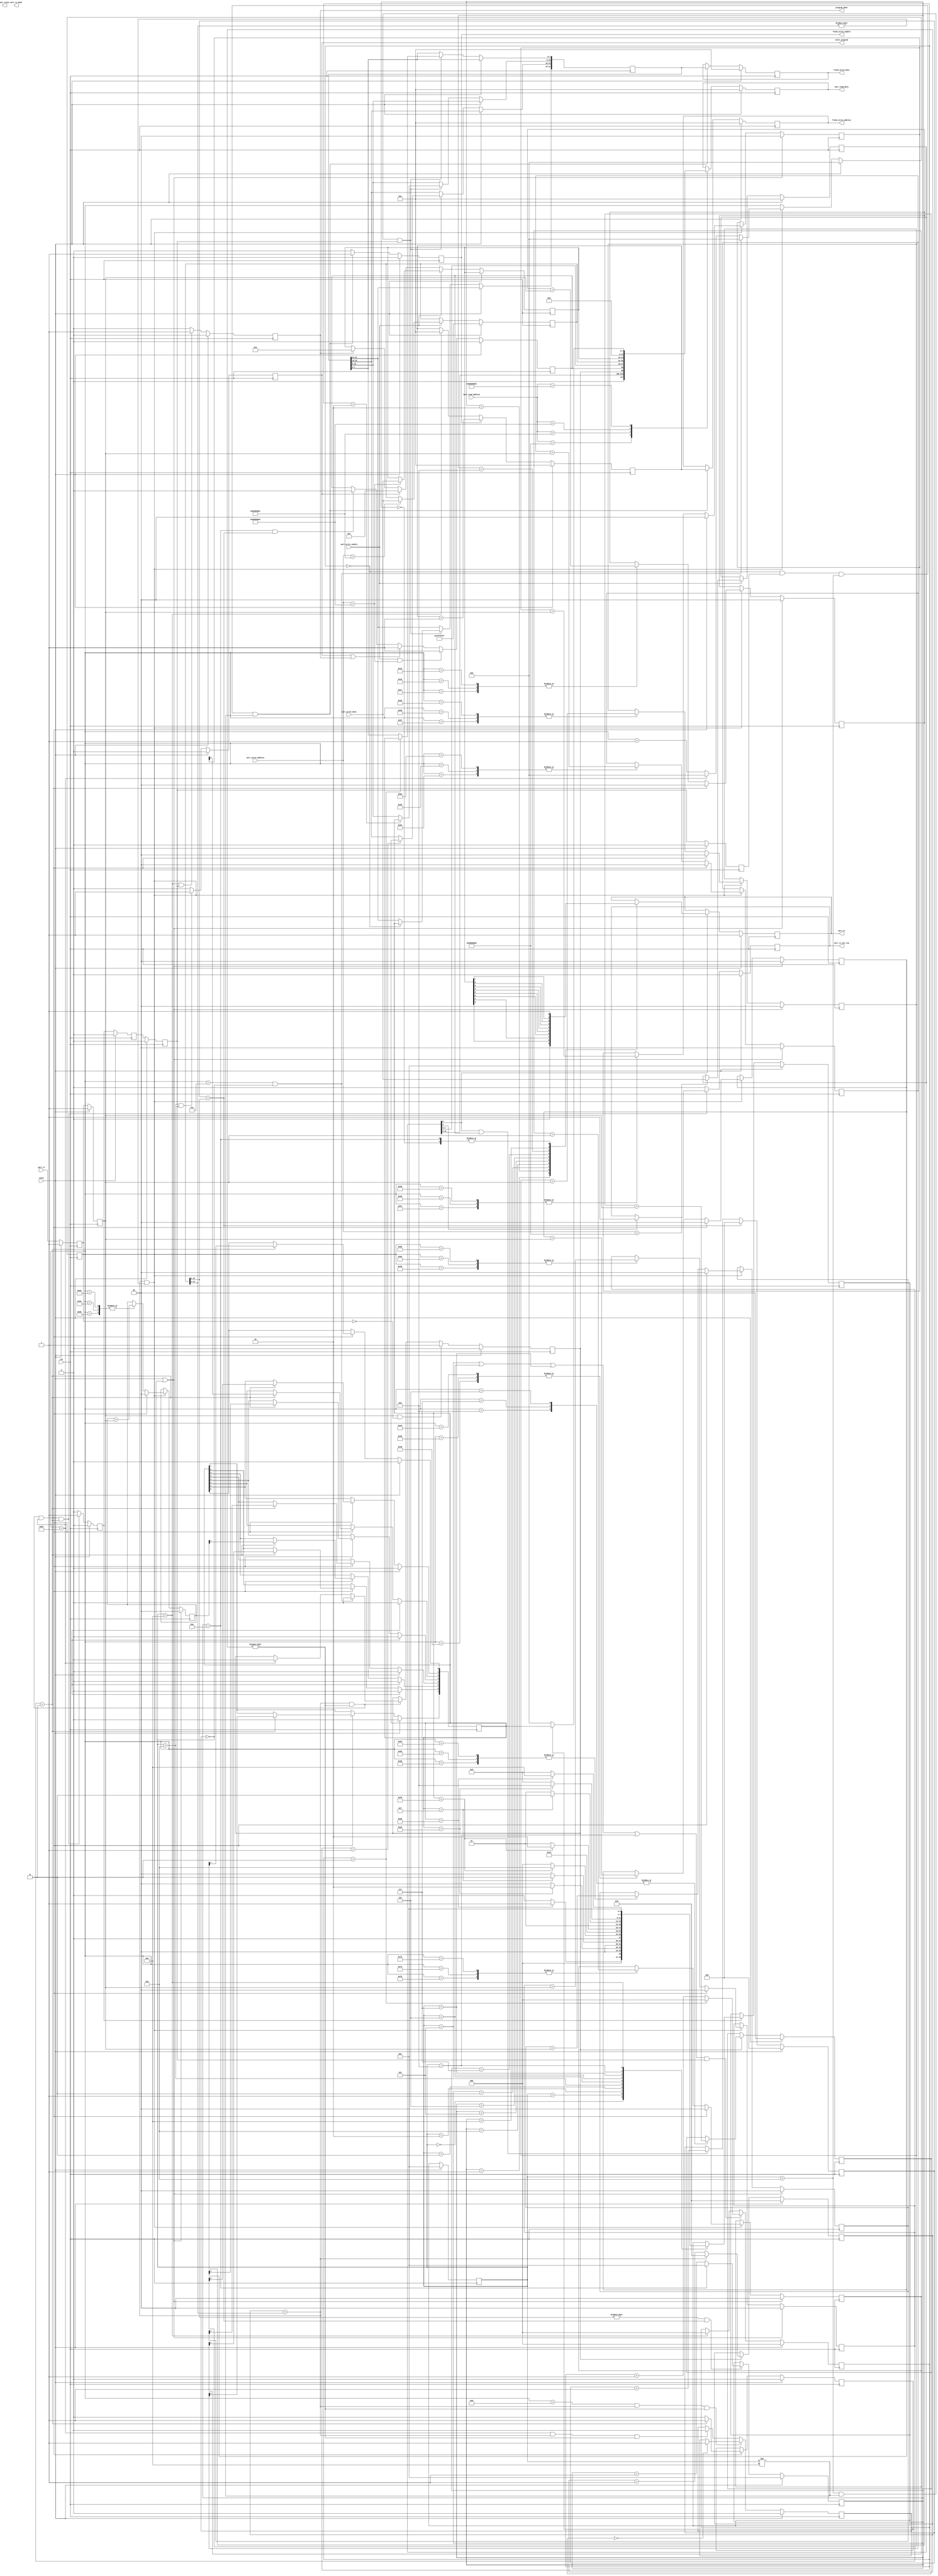
module uart (
    input clk,
    input reset,
    input [31:0] uart_write_address,
    input [31:0] uart_write_data,
    input uart_write_enable,
    input [31:0] uart_read_address,
    output reg [31:0] uart_read_data,
    output reg uart_tx_done,//keep 1 clock when tx done
    output reg uart_state,//0 idle 1 busy
    output reg uart_tx,
    (* mark_debug = "true" *)input uart_rx,
    output reg uart_rx_int_req,
    (* mark_debug = "true" *)output reg start_program,
    (* mark_debug = "true" *)output reg [31:0] flash_write_address,
    (* mark_debug = "true" *)output reg [31:0] flash_write_data,
    (* mark_debug = "true" *)output reg flash_write_enable,
    (* mark_debug = "true" *)output reg program_done
);
    localparam uart_csr_reg_address=32'hb000_0000,uart_buadrate_address=32'hb000_0001,uart_tx_data_address=32'hb000_0002,uart_rx_data_address=32'hb000_0003;
    localparam buadrate_9600=3'b000,buadrate_19200=3'b001,buadrate_38400=3'b010,buadrate_57600=3'b011,buadrate_115200=3'b100;
    localparam tx_buadrate_9600_count=16'd5207,tx_buadrate_19200_count=16'd2603,tx_buadrate_38400_count=16'd1301,tx_buadrate_57600_count=16'd867,tx_buadrate_115200_count=16'd433;//50M
    localparam rx_buadrate_9600_count=16'd5207,rx_buadrate_19200_count=16'd2603,rx_buadrate_38400_count=16'd1301,rx_buadrate_57600_count=16'd867,rx_buadrate_115200_count=16'd433;//50M
    localparam rx_buadrate_9600_d16_count=16'd324,rx_buadrate_19200_d16_count=16'd162,rx_buadrate_38400_d16_count=16'd80,rx_buadrate_57600_d16_count=16'd53,rx_buadrate_115200_d16_count=16'd28;//50M
    reg [31:0] uart_csr_reg=32'b0;//[0] tx_enable,[1] rx_enable,[2]tx_ing,[3]rx_ing,[4] rx_interrupt_enable
    reg [31:0] uart_buadrate_reg=32'hffff_ffff;
    reg [31:0] uart_tx_data=32'b0;
    reg [15:0] uart_tx_buadrate_counter=16'b0;
    // reg [15:0] uart_tx_buadrate_count=tx_buadrate_115200_count;
    wire [15:0] uart_tx_buadrate_count=uart_buadrate_reg[15:0];
    reg [15:0] uart_rx_buadrate_counter=16'b0;
    // reg [15:0] uart_rx_buadrate_count=rx_buadrate_115200_count;
    // reg [8:0] uart_rx_buadrate_d16_count=rx_buadrate_115200_d16_count;
    wire [8:0] uart_rx_buadrate_d16_count=uart_buadrate_reg[12:4];//164
    reg [8:0] uart_rx_buadrate_d16_counter=9'b0;
    reg [3:0] uart_tx_phase;
    reg tx_send_frame;
    reg rx_save_frame;
    reg rx_byte_saved;

    
    reg uart_rx_buf1=1'b1,uart_rx_buf2=1'b1,uart_rx_state1=1'b1,uart_rx_state2=1'b1;
    wire rx_negedge=uart_rx_buf2&(!uart_rx_buf1);
    reg [3:0] rx_d16_phase=4'd0,rx_phase=4'd0;
    reg [7:0] rx_sample_cnt=8'b0;
    reg [1:0] rx_sample_startbit=2'b0;
    reg [1:0] rx_sample0=2'b0;
    reg [1:0] rx_sample1=2'b0;
    reg [1:0] rx_sample2=2'b0;
    reg [1:0] rx_sample3=2'b0;
    reg [1:0] rx_sample4=2'b0;
    reg [1:0] rx_sample5=2'b0;
    reg [1:0] rx_sample6=2'b0;
    reg [1:0] rx_sample7=2'b0;
    reg [1:0] rx_sample_stopbit=2'b0;
    (* mark_debug = "true" *)reg [7:0] rx_data=8'b0;
    reg rx_start_bit_valid=1'b0;
    reg rx_data_vaild=1'b0;
    
    reg rx_byte_saved_buf1=1'b0,rx_byte_saved_buf2=1'b0,rx_byte_saved_buf3=1'b0;
    // reg program_done=1'b0,start_program=1'b0;
    localparam wait_5a=4'd0,wait_a5=4'd1,wait_0f=4'd2,wait_f0=4'd3,is_start_frame=4'd4,wait_finish_f0=4'd5,wait_finish_0f=4'd6,wait_finish_a5=4'd7,wait_finish_5a=4'd8,is_end_frame=4'd9;
    reg [3:0] present=wait_5a,next=wait_5a;
    reg [2:0] instruction_byte_count=3'b0;
    reg [31:0] pre_instruction=32'b0;
    reg [31:0] flash_write_address_count=32'b0;
    // reg [31:0] flash_write_address=32'b0,flash_write_data=32'b0;
    // reg flash_write_enable;
    always @(posedge clk ) begin
        if(reset)begin
            uart_csr_reg<=32'b0;
            uart_buadrate_reg<=32'hffff_ffff;
        end
        else if(uart_write_enable)begin
            case(uart_write_address)
                uart_csr_reg_address:begin
                    uart_csr_reg<=uart_write_data;
                end
                uart_buadrate_address:begin
                    uart_buadrate_reg<=uart_write_data;
                end
                uart_tx_data_address:begin
                    uart_tx_data<=uart_write_data;
                end
            endcase
        end
        else if(start_program)begin//program
            uart_tx_data<=32'h1;
        end
        else if(program_done)begin//program
            uart_tx_data<=32'h2;
        end

    end
    always @(posedge clk ) begin
        if(reset)begin
            tx_send_frame<=1'b0;
        end
        else if(uart_write_enable&&(uart_write_address==uart_tx_data_address))begin
            tx_send_frame<=1'b1;
        end
        else if(start_program|program_done)begin//program
            tx_send_frame<=1'b1;
        end
        else if(uart_tx_phase==4'd10&&(uart_tx_buadrate_counter==uart_tx_buadrate_count))begin
            tx_send_frame<=1'b0;
        end
    end
    always @(posedge clk ) begin
        if(reset)begin
            uart_read_data<=32'b0;
        end
        else begin
            case(uart_read_address)
                uart_csr_reg_address:begin
                    uart_read_data<={uart_csr_reg[31:5],rx_save_frame,tx_send_frame,uart_csr_reg[1:0]};
                end
                uart_buadrate_address:begin
                    uart_read_data<=uart_buadrate_reg;
                end
                uart_tx_data_address:begin
                    uart_read_data<=uart_tx_data;
                end
                uart_rx_data_address:begin
                   uart_read_data<=(rx_data_vaild)?{24'b0,rx_data}:32'b0; 
                end
            endcase
        end
    end

    // always @(posedge clk ) begin
    //     if(reset)begin
    //         uart_tx_buadrate_count<=tx_buadrate_115200_count;
    //     end
    //     else begin
    //         case(uart_csr_reg[2:0])
    //             buadrate_9600:begin
    //                 uart_tx_buadrate_count<=tx_buadrate_9600_count;
    //             end
    //             buadrate_19200:begin
    //                 uart_tx_buadrate_count<=tx_buadrate_19200_count;
    //             end
    //             buadrate_38400:begin
    //                 uart_tx_buadrate_count<=tx_buadrate_38400_count;
    //             end
    //             buadrate_57600:begin
    //                 uart_tx_buadrate_count<=tx_buadrate_57600_count;
    //             end
    //             buadrate_115200:begin
    //                 uart_tx_buadrate_count<=tx_buadrate_115200_count;
    //             end
    //             default:begin
    //                 uart_tx_buadrate_count<=tx_buadrate_115200_count;
    //             end
    //         endcase
    //     end
    // end

    always @(posedge clk ) begin
        if(reset)begin
            uart_tx_buadrate_counter<=16'b0;
        end
        else if(uart_tx_buadrate_counter==uart_tx_buadrate_count)begin
                uart_tx_buadrate_counter<=16'b0;
        end
        else if(uart_csr_reg[0]&tx_send_frame)begin
            uart_tx_buadrate_counter<=uart_tx_buadrate_counter+1'b1;
        end
        else begin
            uart_tx_buadrate_counter<=uart_tx_buadrate_counter;
        end
    end
    
    always @(posedge clk ) begin
        if(reset)begin
            uart_tx_phase<=4'b0;
        end
        // else if(uart_write_enable&&(uart_write_address==uart_tx_data_address))begin//
        //     uart_tx_phase<=4'b0;
        // end
        else if((uart_tx_buadrate_count!=16'b0)&(uart_tx_buadrate_counter==uart_tx_buadrate_count))begin
            if(uart_tx_phase==4'd10)begin
                uart_tx_phase<=4'b0;
            end
            else begin
                uart_tx_phase<=uart_tx_phase+1'b1;
            end
        end
        else begin
            uart_tx_phase<=uart_tx_phase;
        end
    end

    always @(posedge clk ) begin
        if(reset)begin
            uart_tx<=1'b1;
        end
        else if(uart_csr_reg[0])begin
            case(uart_tx_phase)
                4'd0:begin
                    uart_tx<=1'b1;
                end
                4'd1:begin
                    uart_tx<=1'b0;//start bit
                end
                4'd2:begin
                    uart_tx<=uart_tx_data[0];//
                end
                4'd3:begin
                    uart_tx<=uart_tx_data[1];//
                end
                4'd4:begin
                    uart_tx<=uart_tx_data[2];
                end
                4'd5:begin
                    uart_tx<=uart_tx_data[3];
                end
                4'd6:begin
                    uart_tx<=uart_tx_data[4];
                end
                4'd7:begin
                    uart_tx<=uart_tx_data[5];
                end
                4'd8:begin
                    uart_tx<=uart_tx_data[6];
                end
                4'd9:begin
                    uart_tx<=uart_tx_data[7];
                end
                4'd10:begin
                    uart_tx<=1'b1;//stop bit
                end
            endcase
        end
    end
//-------------------------------------------------------------------rx
    
    always @(posedge clk ) begin
        if(reset)begin
            uart_rx_buf1<=1'b1;
            uart_rx_buf2<=1'b1;
        end
        else begin
            uart_rx_buf1<=uart_rx;
            uart_rx_buf2<=uart_rx_buf1;
        end
    end
    always @(posedge clk ) begin
        if(reset)begin
            uart_rx_state1<=1'b1;
            uart_rx_state2<=1'b1;
        end
        else begin
            uart_rx_state1<=uart_rx_buf2;
            uart_rx_state2<=uart_rx_state1;
        end
    end

    // always @(posedge clk ) begin
    //     if(reset)begin
    //         uart_rx_buadrate_count<=rx_buadrate_115200_count;
    //     end
    //     else begin
    //         case(uart_csr_reg[2:0])
    //             buadrate_9600:begin
    //                 uart_rx_buadrate_count<=rx_buadrate_9600_count;
    //             end
    //             buadrate_19200:begin
    //                 uart_rx_buadrate_count<=rx_buadrate_19200_count;
    //             end
    //             buadrate_38400:begin
    //                 uart_rx_buadrate_count<=rx_buadrate_38400_count;
    //             end
    //             buadrate_57600:begin
    //                 uart_rx_buadrate_count<=rx_buadrate_57600_count;
    //             end
    //             buadrate_115200:begin
    //                 uart_rx_buadrate_count<=rx_buadrate_115200_count;
    //             end
    //             default:begin
    //                 uart_rx_buadrate_count<=rx_buadrate_115200_count;
    //             end
    //         endcase
    //     end
    // end
    // always @(posedge clk ) begin
    //     if(reset)begin
    //         uart_rx_buadrate_d16_count<=rx_buadrate_115200_d16_count;
    //     end
    //     else begin
    //         case(uart_csr_reg[2:0])
    //             buadrate_9600:begin
    //                 uart_rx_buadrate_d16_count<=rx_buadrate_9600_d16_count;
    //             end
    //             buadrate_19200:begin
    //                 uart_rx_buadrate_d16_count<=rx_buadrate_19200_d16_count;
    //             end
    //             buadrate_38400:begin
    //                 uart_rx_buadrate_d16_count<=rx_buadrate_38400_d16_count;
    //             end
    //             buadrate_57600:begin
    //                 uart_rx_buadrate_d16_count<=rx_buadrate_57600_d16_count;
    //             end
    //             buadrate_115200:begin
    //                 uart_rx_buadrate_d16_count<=rx_buadrate_115200_d16_count;
    //             end
    //             default:begin
    //                 uart_rx_buadrate_d16_count<=rx_buadrate_115200_d16_count;
    //             end
    //         endcase
    //     end
    // end
    always @(posedge clk ) begin
        if(reset)begin
            rx_save_frame<=1'b0;
        end
        else if(rx_negedge)begin
            rx_save_frame<=1'b1;
        end
        else if((uart_rx_buadrate_d16_counter==uart_rx_buadrate_d16_count)&(uart_rx_buadrate_d16_counter!=0))begin
            if(rx_sample_cnt==8'd14&(!rx_start_bit_valid))begin
                rx_save_frame<=1'b0; 
            end
            else if(rx_sample_cnt==8'd159)begin
                rx_save_frame<=1'b0; 
            end
        end
    end
    always @(posedge clk ) begin
        if(reset)begin
            uart_rx_buadrate_d16_counter<=9'b0;
        end
        // else if(uart_csr_reg[4]&rx_save_frame)begin//program 
        else if(rx_save_frame)begin
            if(uart_rx_buadrate_d16_counter==uart_rx_buadrate_d16_count)begin
                uart_rx_buadrate_d16_counter<=9'b0;
            end
            else begin
                uart_rx_buadrate_d16_counter<=uart_rx_buadrate_d16_counter+1'b1;
            end
        end
    end
    always @(posedge clk ) begin
        if(reset)begin
            rx_sample_cnt<=8'b0;
        end
        else if((uart_rx_buadrate_d16_counter==uart_rx_buadrate_d16_count)&(uart_rx_buadrate_d16_count!=0))begin
            if(rx_sample_cnt==8'd14&(!rx_start_bit_valid))begin
                rx_sample_cnt<=8'b0;
            end
            else if((rx_sample_cnt==8'd159))begin
                rx_sample_cnt<=8'b0;
            end
            else begin
                rx_sample_cnt<=rx_sample_cnt+1'b1; 
            end
        end
    end

    // always @(posedge clk ) begin
    //     if(reset)begin
    //         uart_rx_buadrate_counter<=16'b0;
    //     end
    //     else if(uart_csr_reg[4]&rx_save_frame)begin
    //         if(uart_rx_buadrate_counter==uart_rx_buadrate_count)begin
    //             uart_rx_buadrate_counter<=16'b0;
    //         end
    //         else begin
    //             uart_rx_buadrate_counter<=uart_rx_buadrate_counter+1'b1;
    //         end
    //     end
    // end
    // always @(posedge clk ) begin
    //     if(reset)begin
    //         rx_phase<=4'b0;
    //     end
    //     else if((uart_rx_buadrate_d16_counter==uart_rx_buadrate_d16_count)&(uart_rx_buadrate_d16_counter!=0))begin
    //         if(rx_phase==4'd9)begin
    //             rx_phase<=4'd0;
    //         end
    //         else begin
    //             case(rx_sample_cnt)
    //                 14,29,44,59,74,89,104,119,134:begin
    //                     rx_phase<=rx_phase+1'b1; 
    //                 end
    //                 149:
    //                     rx_phase<=4'b0;
    //             endcase
               
    //         end
    //     end
        
    // end

    
    always @(posedge clk ) begin
        if(reset)begin
            rx_sample_startbit=2'b0;
        end
        else if(rx_phase==4'd0&rx_save_frame)begin
            case(rx_sample_cnt)
                6,7,8:begin
                    rx_sample_startbit<=rx_sample_startbit+uart_rx_buf2;
                end
            endcase
        end
    end
    always @(posedge clk ) begin
        if(reset)begin
            rx_start_bit_valid<=1'b0;
        end
        else if(rx_sample_cnt==8'd13&(uart_rx_buadrate_d16_counter==uart_rx_buadrate_d16_count)&(uart_rx_buadrate_d16_counter!=16'b0))begin
            if(rx_sample_startbit==2'd0)begin//samplecnt
                rx_start_bit_valid<=1'b1;
            end
        end
        else if(rx_sample_cnt==8'd159&(uart_rx_buadrate_d16_counter==uart_rx_buadrate_d16_count)&(uart_rx_buadrate_d16_counter!=16'b0))begin
            rx_start_bit_valid<=1'b0;
        end
    end

    always @(posedge clk ) begin
        if(reset|(!rx_start_bit_valid))begin
            rx_sample_stopbit=2'b0;
            rx_sample0<=2'b0;
            rx_sample1<=2'b0;
            rx_sample2<=2'b0;
            rx_sample3<=2'b0;
            rx_sample4<=2'b0;
            rx_sample5<=2'b0;
            rx_sample6<=2'b0;
            rx_sample7<=2'b0;
        end
        else if((uart_rx_buadrate_d16_counter==uart_rx_buadrate_d16_count)&(uart_rx_buadrate_d16_count!=0))begin
            case(rx_sample_cnt)
                21,22,23:begin
                    rx_sample0<=rx_sample0+uart_rx_buf2;
                end
                37,38,39:begin
                    rx_sample1<=rx_sample1+uart_rx_buf2;
                end
                53,54,55:begin
                    rx_sample2<=rx_sample2+uart_rx_buf2;
                end
                68,69,70:begin
                    rx_sample3<=rx_sample3+uart_rx_buf2;
                end
                84,85,86:begin
                    rx_sample4<=rx_sample4+uart_rx_buf2;
                end
                99,100,101:begin
                    rx_sample5<=rx_sample5+uart_rx_buf2;
                end
                115,116,117:begin
                    rx_sample6<=rx_sample6+uart_rx_buf2;
                end
                130,131,132:begin
                    rx_sample7<=rx_sample7+uart_rx_buf2;
                end
                146,147,148:begin
                    rx_sample_stopbit<=rx_sample_stopbit+uart_rx_buf2;
                end
            endcase
            if((uart_rx_buadrate_d16_counter==uart_rx_buadrate_d16_count)&(uart_rx_buadrate_d16_counter!=0)&rx_sample_cnt==8'd159)begin
                rx_sample0<=2'b0;
                rx_sample1<=2'b0;
                rx_sample2<=2'b0;
                rx_sample3<=2'b0;
                rx_sample4<=2'b0;
                rx_sample5<=2'b0;
                rx_sample6<=2'b0;
                rx_sample7<=2'b0;
                rx_sample_stopbit<=2'b0;
            end
        end
        
    end

    always @(posedge clk ) begin
        if(reset)begin
            rx_data<=8'b0;
            rx_data_vaild<=1'b0;
        end
        else if((uart_rx_buadrate_d16_counter==uart_rx_buadrate_d16_count)&(uart_rx_buadrate_d16_counter!=0)&rx_sample_cnt==8'd159)begin
            if(rx_sample_stopbit==2'd3)begin
                rx_data[0]<=rx_sample0[1];
                rx_data[1]<=rx_sample1[1];
                rx_data[2]<=rx_sample2[1];
                rx_data[3]<=rx_sample3[1];
                rx_data[4]<=rx_sample4[1];
                rx_data[5]<=rx_sample5[1];
                rx_data[6]<=rx_sample6[1];
                rx_data[7]<=rx_sample7[1]; 
                rx_data_vaild<=1'b1;
            end
            else begin
                rx_data_vaild<=1'b0;
            end
        end
    end
//-------------------------------------------------------------------interrupt
    always @(posedge clk ) begin
        if(reset)begin
            rx_byte_saved<=1'b0;
            uart_rx_int_req<=1'b0;
        end
        else if((uart_rx_buadrate_d16_counter==uart_rx_buadrate_d16_count)&(uart_rx_buadrate_d16_counter!=0)&(rx_sample_cnt==8'd159)&(rx_sample_stopbit==2'd3))begin
            rx_byte_saved<=1'b1;
            if(uart_csr_reg[4])begin
                uart_rx_int_req<=1'b1;
            end//interrupt enable
        end
        else begin
            rx_byte_saved<=1'b0;
            uart_rx_int_req<=1'b0;
        end
        
    end


    // always @(posedge clk ) begin
    //     if(reset)begin
    //         uart_rx_int_req<=1'b0;
    //     end
    //     else if()
    // end
//-----------------------------------------------------------------------progrma
//rx byte savednext
//rx_byte_saved_buf1present
//rx_byte_saved_buf2presentrx data
//rx_byte_saved_buf3present       

always @(posedge clk ) begin
    if(reset)begin
        rx_byte_saved_buf1<=1'b0;
        rx_byte_saved_buf2<=1'b0;
        rx_byte_saved_buf3<=1'b0;
    end
    else begin
        rx_byte_saved_buf1<=rx_byte_saved;
        rx_byte_saved_buf2<=rx_byte_saved_buf1;
        rx_byte_saved_buf3<=rx_byte_saved_buf2;
    end
end


always @(posedge clk ) begin
    if(reset)begin
        next<=wait_5a;
    end
    else if(rx_byte_saved)begin
        case(present)
            wait_5a:next<=(rx_data==8'h5a)?wait_a5:wait_5a;
            wait_a5:next<=(rx_data==8'ha5)?wait_0f:wait_5a;
            wait_0f:next<=(rx_data==8'h0f)?wait_f0:wait_5a;
            wait_f0:next<=(rx_data==8'hf0)?is_start_frame:wait_5a;

            is_start_frame:next<=wait_finish_f0;

            wait_finish_f0:next<=(rx_data==8'hf0)?wait_finish_0f:wait_finish_f0;
            wait_finish_0f:next<=(rx_data==8'h0f)?wait_finish_a5:wait_finish_f0;
            wait_finish_a5:next<=(rx_data==8'ha5)?wait_finish_5a:wait_finish_f0;
            wait_finish_5a:next<=(rx_data==8'h5a)?is_end_frame:wait_finish_f0;

            is_end_frame:next<=wait_5a;

        endcase
    end
end

always @(posedge clk ) begin
    if(reset)begin
        instruction_byte_count<=3'b0;
    end
    else if(((present==wait_finish_f0)|(present==wait_finish_0f)|(present==wait_finish_a5)|(present==wait_finish_5a))&(rx_byte_saved_buf2))begin
        if(instruction_byte_count==3'd3)begin
            instruction_byte_count<=3'd0;
        end
        else begin
            instruction_byte_count<=instruction_byte_count+1'b1;
        end
    end
    else if(present==is_end_frame)begin
        instruction_byte_count<=3'd0;
    end
end

always @(posedge clk ) begin
    if(reset)begin
        present<=wait_5a;
    end
    else begin
        present<=next;
        if(((present>4'd4)&(present!=4'd9))&(rx_byte_saved_buf2))begin
            case(instruction_byte_count)
                3'd3:pre_instruction[7:0]<=rx_data;
                3'd2:pre_instruction[15:8]<=rx_data;
                3'd1:pre_instruction[23:16]<=rx_data;
                3'd0:pre_instruction[31:24]<=rx_data;
            endcase
        end
    end
end
always @(posedge clk ) begin
    if(reset)begin
        start_program<=1'b0;
    end
    else if((present==is_start_frame)&(rx_byte_saved_buf2))begin
        start_program<=1'b1;
    end
    else begin
        start_program<=1'b0;
    end
end
always @(posedge clk ) begin
    if(reset)begin
        program_done<=1'b0;
    end
    else if((present==is_end_frame)&(rx_byte_saved_buf2))begin
        program_done<=1'b1;
    end
    else begin
        program_done<=1'b0;
    end
end

always @(posedge clk ) begin
    if(reset)begin
        flash_write_address_count<=32'b0;
    end
    else if(flash_write_enable)begin
        flash_write_address_count<=flash_write_address_count+1'b1;
    end
    else if(present==is_end_frame)begin
        flash_write_address_count<=32'b0;
    end
end

always @(posedge clk ) begin
    if(reset)begin
        flash_write_address<=32'b0;
        flash_write_data<=32'b0;
        flash_write_enable<=1'b0;
    end
    else if((instruction_byte_count==3'd0)&(rx_byte_saved_buf3)&(present>4'd4)&(present!=4'd9))begin
        flash_write_address<=flash_write_address_count;
        flash_write_data<=pre_instruction;
        flash_write_enable<=1'b1;
    end
    else begin
        flash_write_enable<=1'b0;
    end
end
endmodule //uart